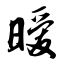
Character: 暧